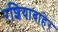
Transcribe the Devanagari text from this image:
रशियाबाहेर